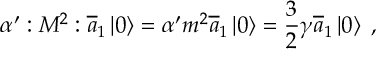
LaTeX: \alpha ^ { \prime } : { \cal M } ^ { 2 } : \overline { { { a } } } _ { 1 } \left| 0 \right\rangle = \alpha ^ { \prime } { \sl m } ^ { 2 } \overline { { { a } } } _ { 1 } \left| 0 \right\rangle = \frac 3 2 \gamma \overline { { { a } } } _ { 1 } \left| 0 \right\rangle \; ,